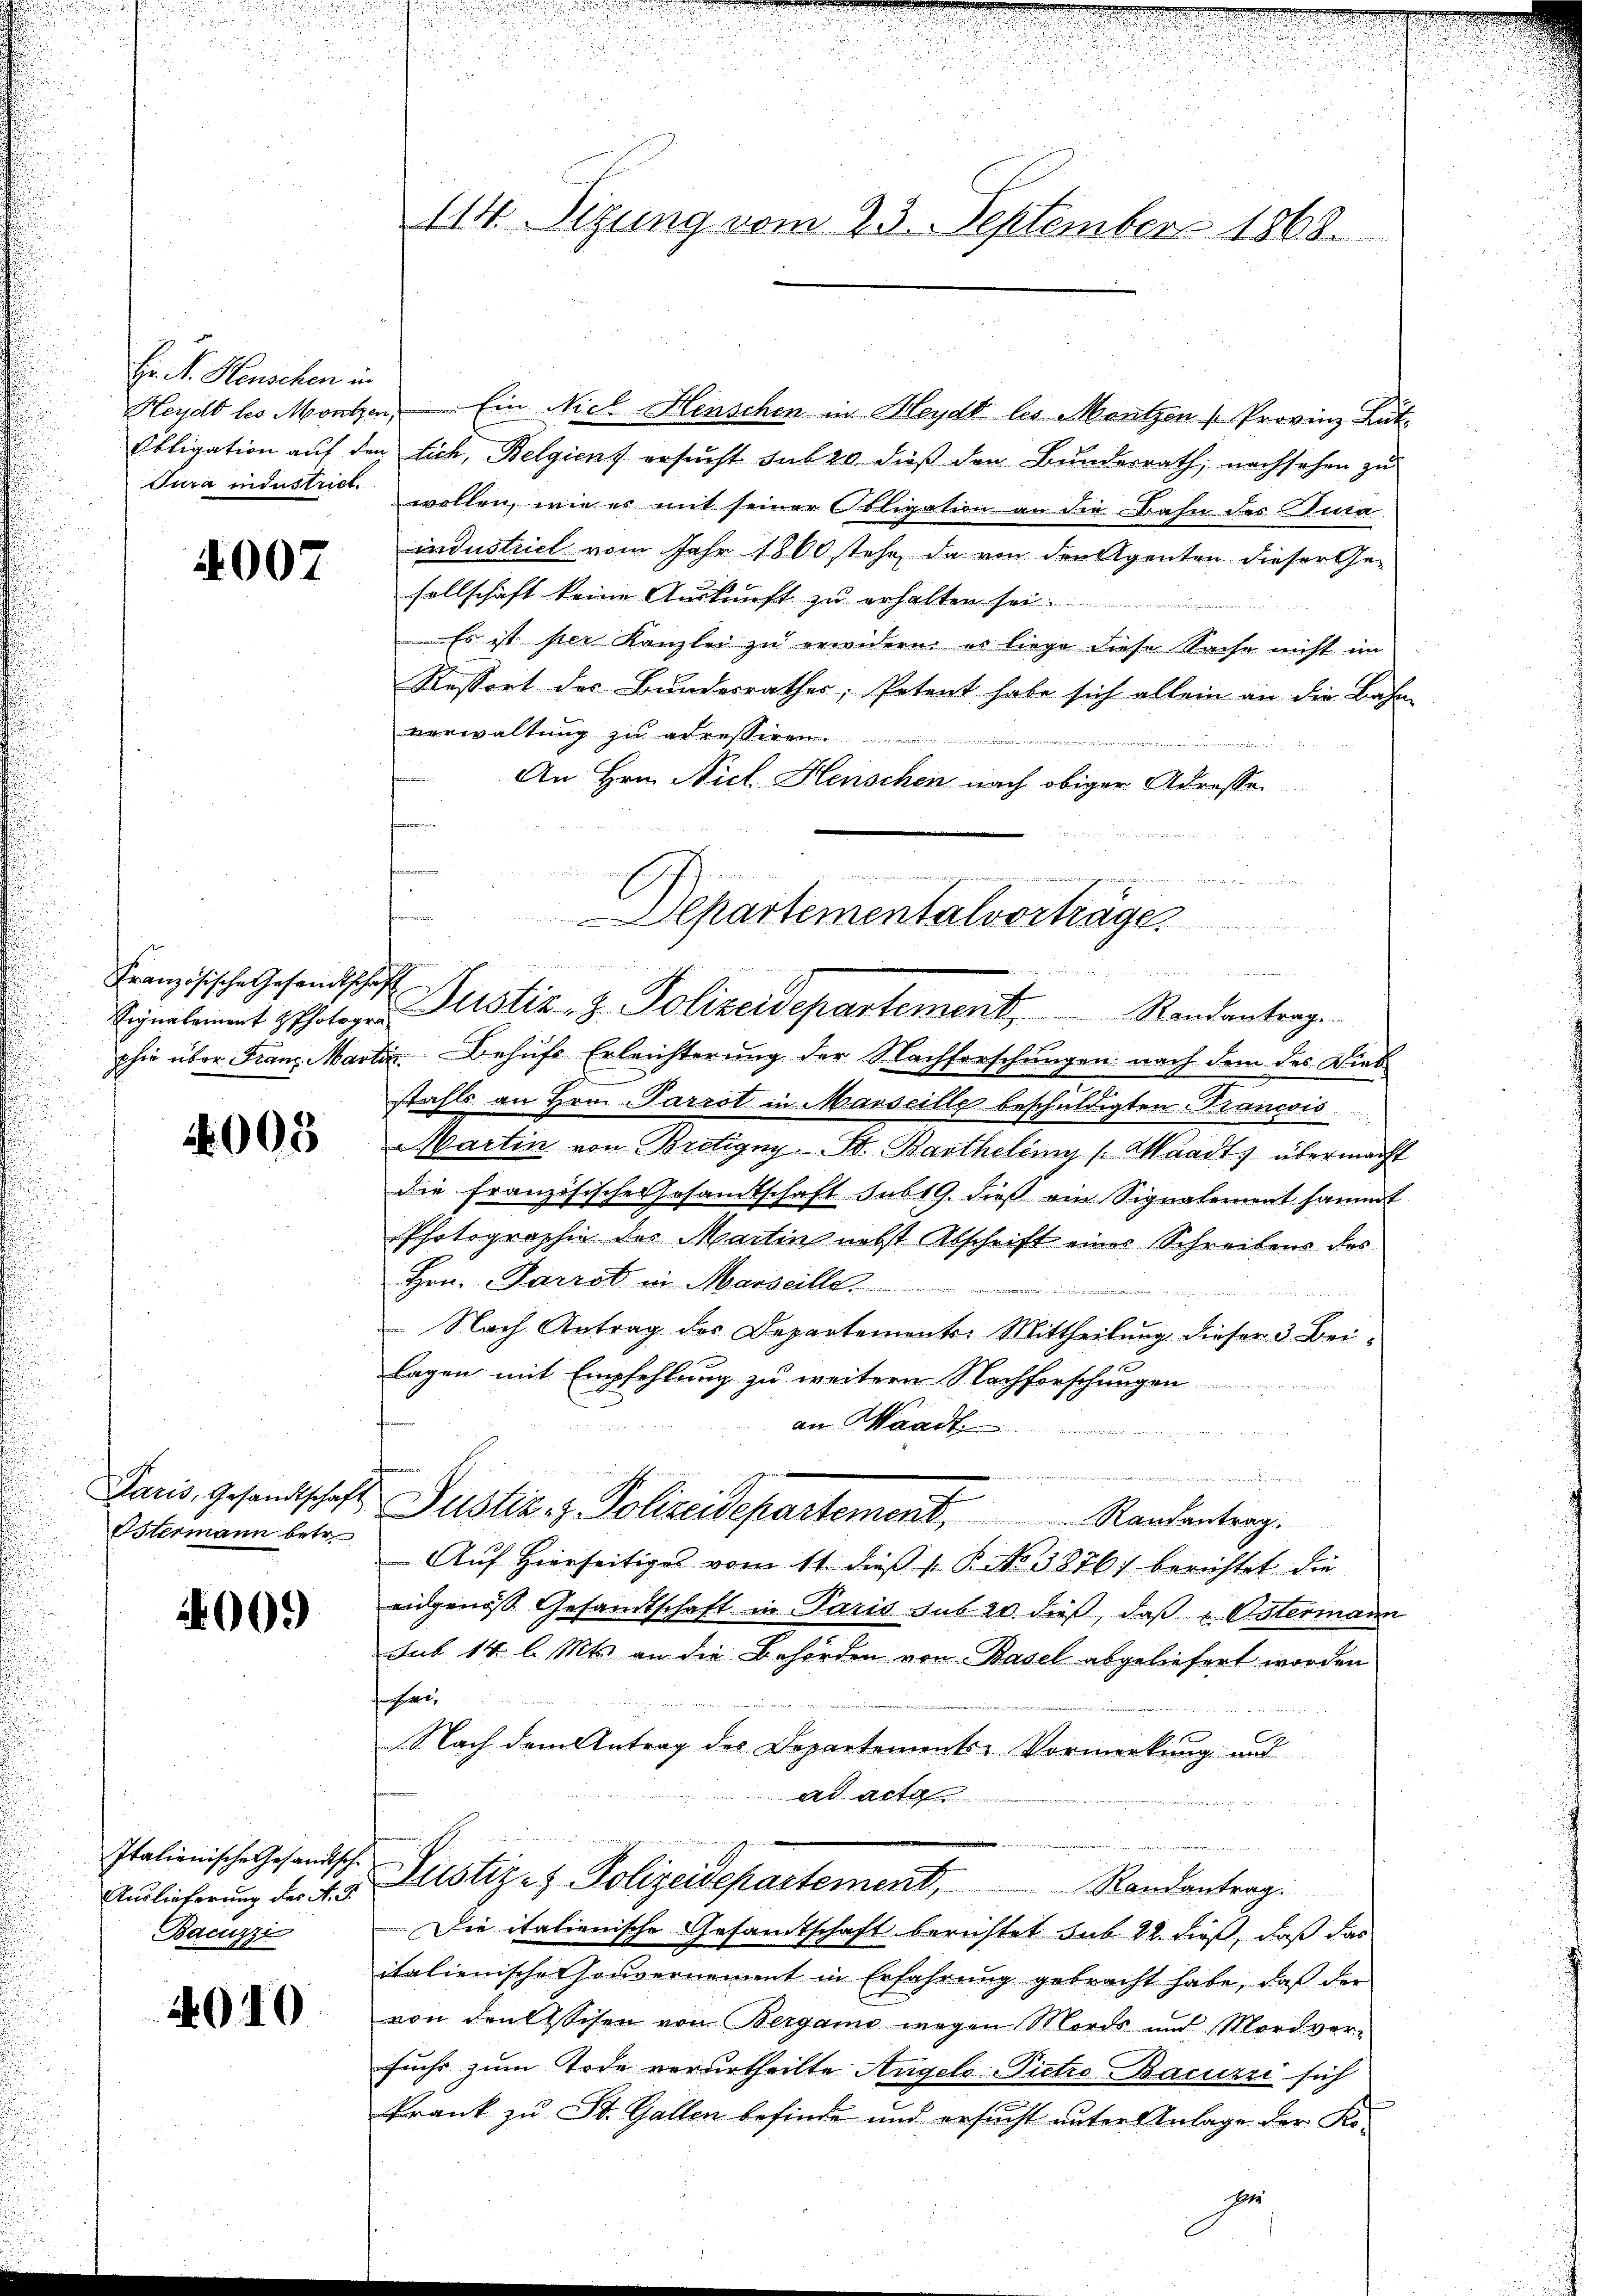
Hr. A. Heuschen in
Heydt les Moritz
Obligation auf de
Jura industrict.

4007

Französische Gesandtsch
phie über Franz Mar

4005

Paris, Gesandtschaft
Sstermann betr.

26000

Italienische Gesandtsche
Auslieferung des A. G.
Bacuzzi

4010

114. Sizung vom 23. September 1868.

u. Ein Nich Henschen in Heydt les Mentzen [Provinz Lut
in lich, Belgiens ersucht sub 20 dieß den Bundesrath, nachsehen zu
wollen, wie es mit seiner Obligation an die Bahn des Kura
industriel vom Jahr 1860 stehe, da von den Agenten dieser Ge-
sellschaft keine Auskunft zu erhalten sei.
Es ist hier Kanzler zu erwidern, es liege diese Sache nicht im
Ressort des Bundesrathes, Petent habe sich allein an die Bahn-
verwaltung zu adressiren.

An Hrn. Nicl. Henschen nach obiger Adressen
nommen werde eingenen ein
n
f
Departementalvorträge

an der

Signaleinent polize Perstiz- & Polizeidepartement, Randantrag
tin. Behufe Erleichterung der Nachforschungen nach dem des Dieb

h
stahls an Hrn. Parrot in Marseille beschuldigten Francis
Martin von Bretigny-B. Barthelèmy (Waadt, übermacht
die französische Gesamtschaft sub 19. dieß ein Signalement sammt
Photographie des Martin nebst Abschrift einer Schreibens des
Hrn. Parrot in Marseille ...............................
 Nach Antrag des Departements-Mittheilung dieser 3 Beilagen mit Empfehlung zu weitern Nachforschungen
an Waad
Auf Hierseitiges vom 11. dieß s. B. No 3876) berichtet die
eidgenöss Gesandtschaft in Paris sub 20. dieß, daß v. Ostermann
Sub 14 l. Mts. an die Behörden von Basel abgeliefert worden
a
Nach dem Antrag des Departements-Vormerkung und
ad acta

n
Justiz- & Polizeidepartement, Randantrag.
Die italienische Gesandtschaft berichtet sub 22. dieß, daß das
italienische Gouvernement in Erfahrung gebracht habe, daß der
von denklichen von Bergamo wegen Mords und Mordverfuchs zum Tode verurtheilte Angelo-Pietro-Bacuzzi sich
krank zu St. Gallen befinde und ersucht unter Anlage der Koze

Justiz- & Polizeidepartement Randantrag.